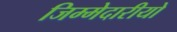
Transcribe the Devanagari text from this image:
जिम्मेदारीयो